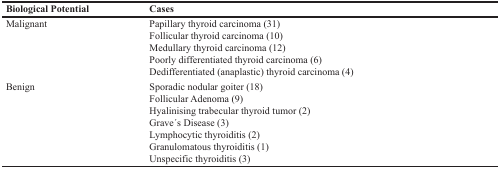
<table><thead><tr><td><b>Biological Potential</b></td><td><b>Cases</b></td></tr></thead><tbody><tr><td>Malignant</td><td>Papillary thyroid carcinoma (31)Follicular thyroid carcinoma (10)Medullary thyroid carcinoma (12)Poorly differentiated thyroid carcinoma (6)Dedifferentiated (anaplastic) thyroid carcinoma (4)</td></tr><tr><td>Benign</td><td>Sporadic nodular goiter (18)Follicular Adenoma (9)Hyalinising trabecular thyroid tumor (2)Grave ́s Disease (3)Lymphocytic thyroiditis (2)Granulomatous thyroiditis (1)Unspecific thyroiditis (3)</td></tr></tbody></table>